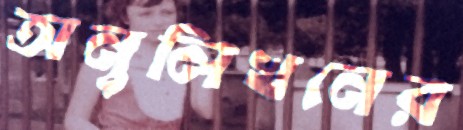
অনুলিখনের